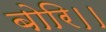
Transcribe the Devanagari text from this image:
बोरि।।